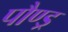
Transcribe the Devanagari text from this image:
पौण्ड्र